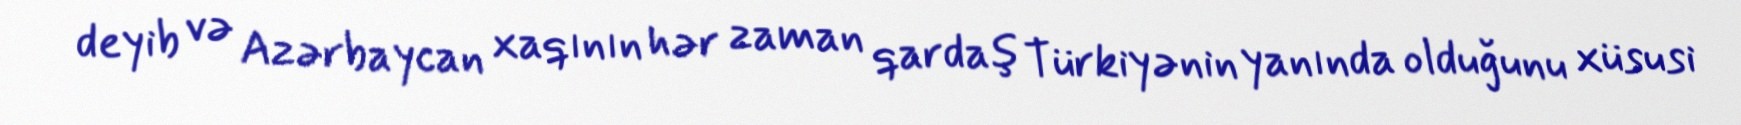
deyib və Azərbaycan xaqının hər zaman qardaş Türkiyənin yanında olduğunu xüsusi